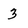
Character: 3